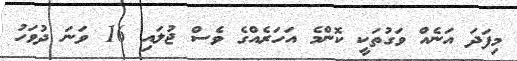
މިފަދަ އަނެއް ވަގުތަކީ ކޮންމެ އަހަރެއްގެ ވެސް ޖުލައި 16 ވަނަ ދުވަހު